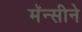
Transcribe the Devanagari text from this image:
मॅन्सीने